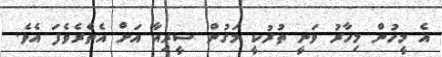
އެ މީހުން މިހާރު ވަނީ ތުރުކީ މަގުން ސީރިއާ އަށް އެތެރެވެފަ އެވެ.